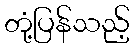
တုံ့ပြန်သည့်